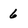
Character: 6